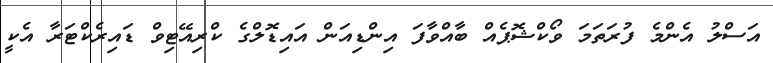
އަސްލު އެންމެ ފުރަތަމަ ވޯކްޝޮޕެއް ބާއްވާފަ އިންޑިއަން އައިޑޮލްގެ ކްރިއޭޓިވް ޑައިރެކްޓަރާ އެކީ